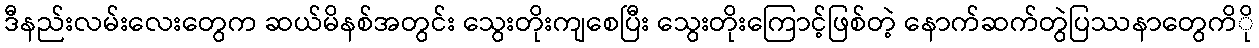
ဒီနည်းလမ်းလေးတွေက ဆယ်မိနစ်အတွင်း သွေးတိုးကျစေပြီး သွေးတိုးကြောင့်ဖြစ်တဲ့ နောက်ဆက်တွဲပြဿနာတွေကိို